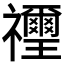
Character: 𥜬